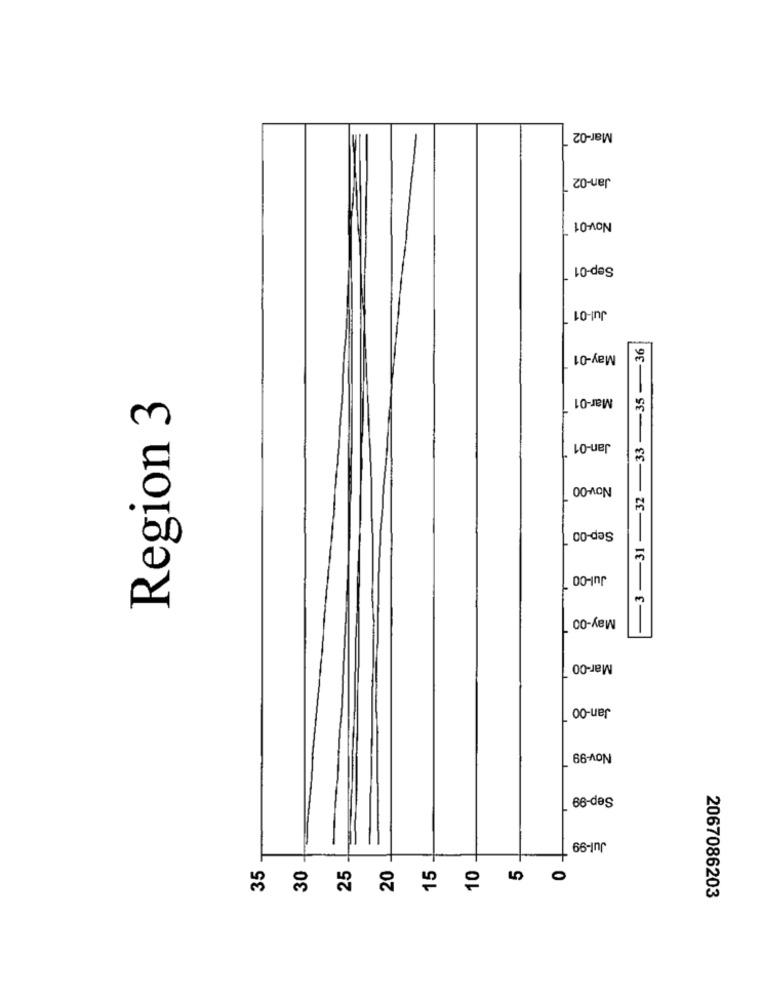
Mar-02
Jan-02
Nov-01
Sep-01
Jul-01
-33-35-36
May-01
Region 3
Mar-01
Jan-01
Nov-00
-3-31-32
Sep-00
Jul-00
May-00
Mar-00
Jan-00
Nov-99
Sep-99
Jul-99
30
25
20
15
10
35
2067086203